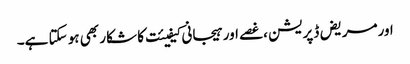
اورمریض ڈپریشن ،غصے اور ہیجانی کیفیئت کا شکار بھی ہو سکتا ہے۔